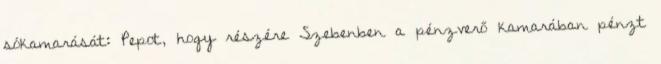
sókamarását: Pepot, hogy részére Szebenben a pénzverő kamarában pénzt